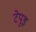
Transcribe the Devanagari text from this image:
टेपुइ